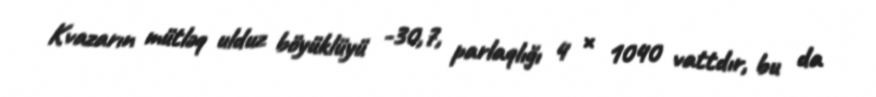
Kvazarın mütləq ulduz böyüklüyü -30,7, parlaqlığı 4 × 1040 vattdır, bu da